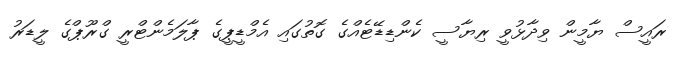
ރައީސް ޔާމީން ވިދާޅުވީ ރިޔާސީ ކެންޑިޑޭޓެއްގެ ގޮތުގައި އެމްޑީޕީގެ ޕާލަމެންޓްރީ ގްރޫޕްގެ ލީޑަރު